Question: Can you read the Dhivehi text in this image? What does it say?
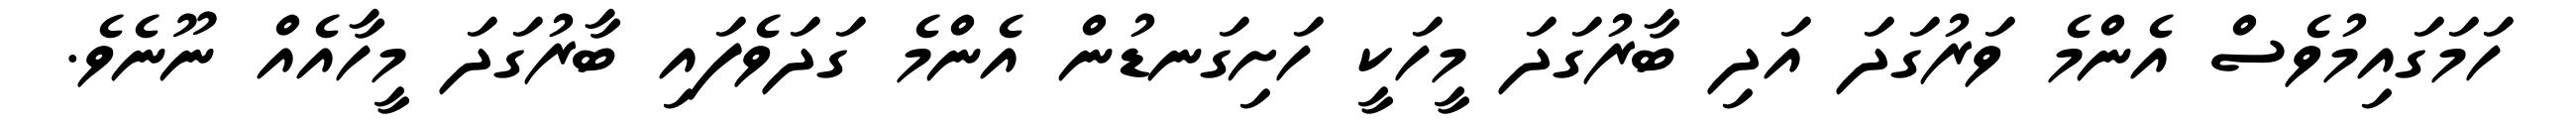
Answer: ހަމަގައިމުވެސް އެންމެ ވަރުގަދަ އަދި ބާރުގަދަ މީހަކީ ހަށިގަނޑުން އެންމެ ގަދަވެފައި ބާރުގަދަ މީހާއެއް ނޫނެވެ.